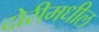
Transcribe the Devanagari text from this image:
दोरीमधील